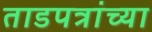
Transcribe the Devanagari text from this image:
ताडपत्रांच्या